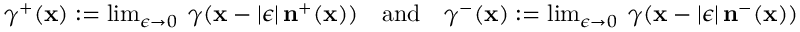
\begin{array} { r } { \gamma ^ { + } ( \mathbf { x } ) : = \operatorname* { l i m } _ { \epsilon \rightarrow 0 } \; \gamma ( \mathbf { x } - | \epsilon | \, \mathbf { n } ^ { + } ( \mathbf { x } ) ) \quad \mathrm { a n d } \quad \gamma ^ { - } ( \mathbf { x } ) : = \operatorname* { l i m } _ { \epsilon \rightarrow 0 } \; \gamma ( \mathbf { x } - | \epsilon | \, \mathbf { n } ^ { - } ( \mathbf { x } ) ) } \end{array}